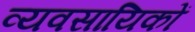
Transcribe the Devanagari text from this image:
व्यवसायिकों